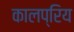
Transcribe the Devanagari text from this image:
कालप्रिय